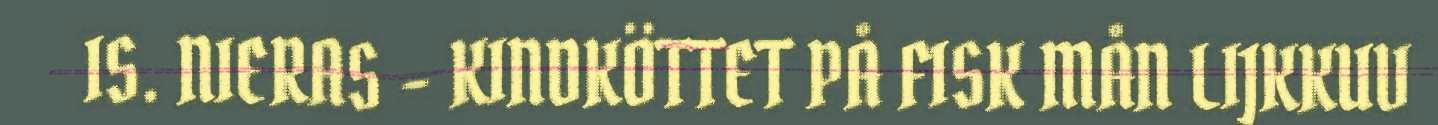
IS. NIERAS - KINDKÖTTET PÅ FISK MÅN LIJKKUV